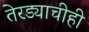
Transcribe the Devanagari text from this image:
तेरड्याचीही